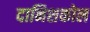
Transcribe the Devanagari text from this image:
दानिशकोल